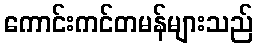
ကောင်းကင်တမန်များသည်